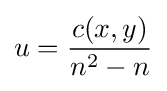
u={\frac {c(x,y)}{n^{2}-n}}